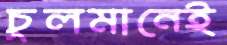
চুলমানেই